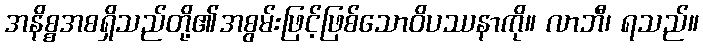
အနိစ္စအစရှိသည်တို့၏အစွမ်းဖြင့်ဖြစ်သောဝိပဿနာကို။ လာဘီ၊ ရသည်။